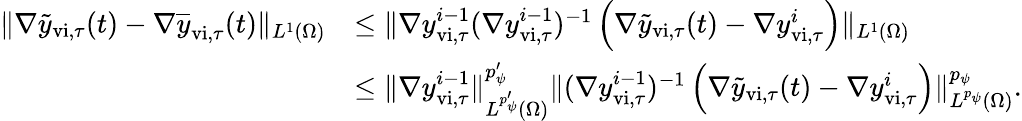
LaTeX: \begin{array}{rl}{\| \nabla\widetilde{y}_{\mathrm{vi},\tau}(t)-\nabla\overline{{y}}_{\mathrm{vi},\tau}(t)\| _{L^{1}(\Omega)}}&{\leq\| \nabla y_{\mathrm{vi},\tau}^{i-1}(\nabla y_{\mathrm{vi},\tau}^{i-1})^{-1}\left(\nabla\widetilde{y}_{\mathrm{vi},\tau}(t)-\nabla{y}_{\mathrm{vi},\tau}^{i}\right)\| _{L^{1}(\Omega)}}\\ &{\leq\| \nabla y_{\mathrm{vi},\tau}^{i-1}\| _{L^{p_{\psi}^{\prime}}(\Omega)}^{p_{\psi}^{\prime}}\| (\nabla y_{\mathrm{vi},\tau}^{i-1})^{-1}\left(\nabla\widetilde{y}_{\mathrm{vi},\tau}(t)-\nabla{y}_{\mathrm{vi},\tau}^{i}\right)\| _{L^{p_{\psi}}(\Omega)}^{p_{\psi}}.}\end{array}